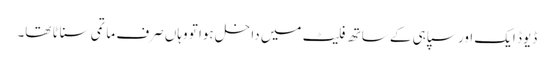
ڈیوڈ ایک اور سپاہی کے ساتھ فلیٹ میں داخل ہوا تو وہاں صرف ماتمی سناٹا تھا۔